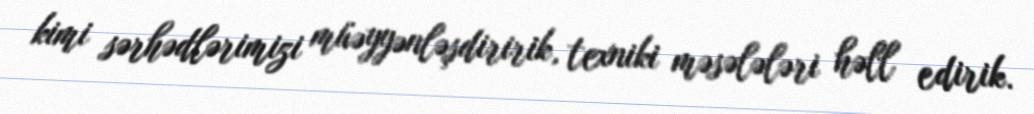
kimi sərhədlərimizi müəyyənləşdiririk, texniki məsələləri həll edirik.